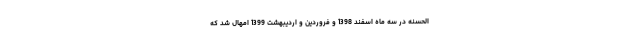
‌الحسنه در سه ماه اسفند 1398 و فروردین و اردیبهشت 1399 امهال شد که